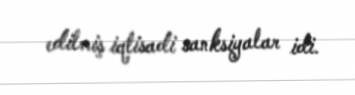
edilmiş iqtisadi sanksiyalar idi.